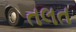
તલત